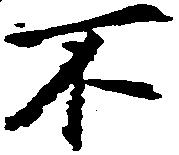
不